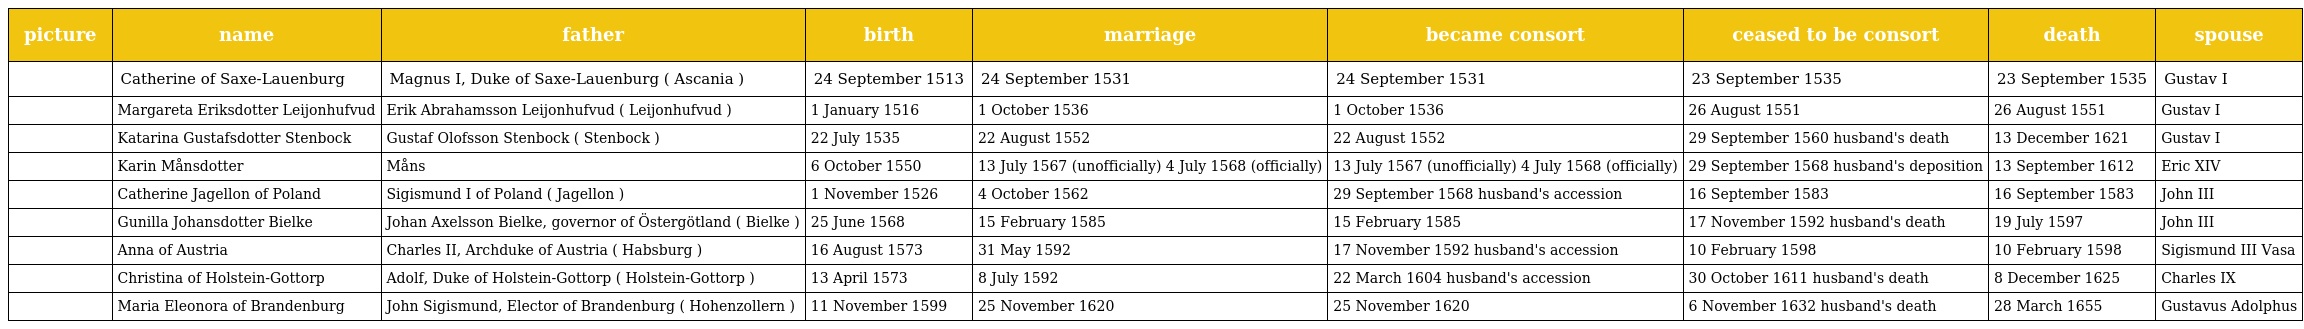
| picture | name | father | birth | marriage | became consort | ceased to be consort | death | spouse |
 | --- | --- | --- | --- | --- | --- | --- | --- | --- |
 |  | Catherine of Saxe-Lauenburg | Magnus I, Duke of Saxe-Lauenburg ( Ascania ) | 24 September 1513 | 24 September 1531 | 24 September 1531 | 23 September 1535 | 23 September 1535 | Gustav I |
 |  | Margareta Eriksdotter Leijonhufvud | Erik Abrahamsson Leijonhufvud ( Leijonhufvud ) | 1 January 1516 | 1 October 1536 | 1 October 1536 | 26 August 1551 | 26 August 1551 | Gustav I |
 |  | Katarina Gustafsdotter Stenbock | Gustaf Olofsson Stenbock ( Stenbock ) | 22 July 1535 | 22 August 1552 | 22 August 1552 | 29 September 1560 husband's death | 13 December 1621 | Gustav I |
 |  | Karin Månsdotter | Måns | 6 October 1550 | 13 July 1567 (unofficially) 4 July 1568 (officially) | 13 July 1567 (unofficially) 4 July 1568 (officially) | 29 September 1568 husband's deposition | 13 September 1612 | Eric XIV |
 |  | Catherine Jagellon of Poland | Sigismund I of Poland ( Jagellon ) | 1 November 1526 | 4 October 1562 | 29 September 1568 husband's accession | 16 September 1583 | 16 September 1583 | John III |
 |  | Gunilla Johansdotter Bielke | Johan Axelsson Bielke, governor of Östergötland ( Bielke ) | 25 June 1568 | 15 February 1585 | 15 February 1585 | 17 November 1592 husband's death | 19 July 1597 | John III |
 |  | Anna of Austria | Charles II, Archduke of Austria ( Habsburg ) | 16 August 1573 | 31 May 1592 | 17 November 1592 husband's accession | 10 February 1598 | 10 February 1598 | Sigismund III Vasa |
 |  | Christina of Holstein-Gottorp | Adolf, Duke of Holstein-Gottorp ( Holstein-Gottorp ) | 13 April 1573 | 8 July 1592 | 22 March 1604 husband's accession | 30 October 1611 husband's death | 8 December 1625 | Charles IX |
 |  | Maria Eleonora of Brandenburg | John Sigismund, Elector of Brandenburg ( Hohenzollern ) | 11 November 1599 | 25 November 1620 | 25 November 1620 | 6 November 1632 husband's death | 28 March 1655 | Gustavus Adolphus |